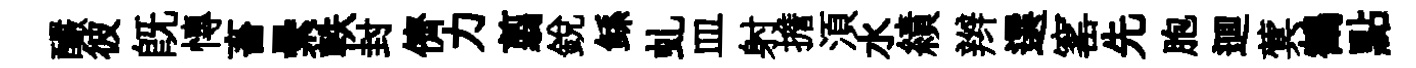
釅彼旣慱畜纍軼封儕力翦銳鲧虬皿射擔湏水績辫選窰先胞逥蓂鶴點